Leaving Certificate Examination (including Day School Certificate (Higher) General paper), 1937
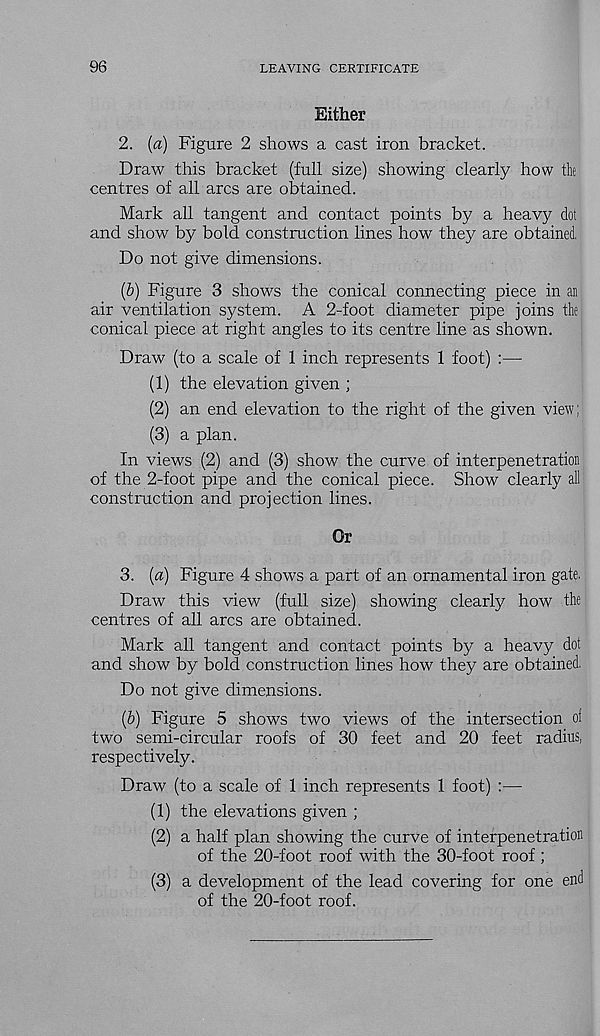
96
LEAVING CERTIFICATE
Either
2. (a) Figure 2 shows a cast iron bracket.
Draw this bracket (full size) showing clearly how the
centres of all arcs are obtained.
Mark all tangent and contact points by a heavy dot
and show by bold construction lines how they are obtained.
Do not give dimensions.
(b) Figure 3 shows the conical connecting piece in an
air ventilation system. A 2-foot diameter pipe joins the
conical piece at right angles to its centre line as shown.
Draw (to a scale of 1 inch represents 1 foot) :—
(1) the elevation given ;
(2) an end elevation to the right of the given view;
(3) a plan.
In views (2) and (3) show the curve of interpenetration
of the 2-foot pipe and the conical piece. Show clearly a!
construction and projection lines.
Or
3. (a) Figure 4 shows a part of an ornamental iron gate.
Draw this view (full size) showing clearly how the
centres of all arcs are obtained.
Mark all tangent and contact points by a heavy dot
and show by bold construction lines how they are obtained.
Do not give dimensions.
(5) Figure 5 shows two views of the intersection oi
two semi-circular roofs of 30 feet and 20 feet radius,
respectively.
Draw (to a scale of 1 inch represents 1 foot) :—
(1) the elevations given ;
(2) a half plan showing the curve of interpenetration
of the 20-foot roof with the 30-foot roof ;
(3) a development of the lead covering for one end
of the 20-foot roof.